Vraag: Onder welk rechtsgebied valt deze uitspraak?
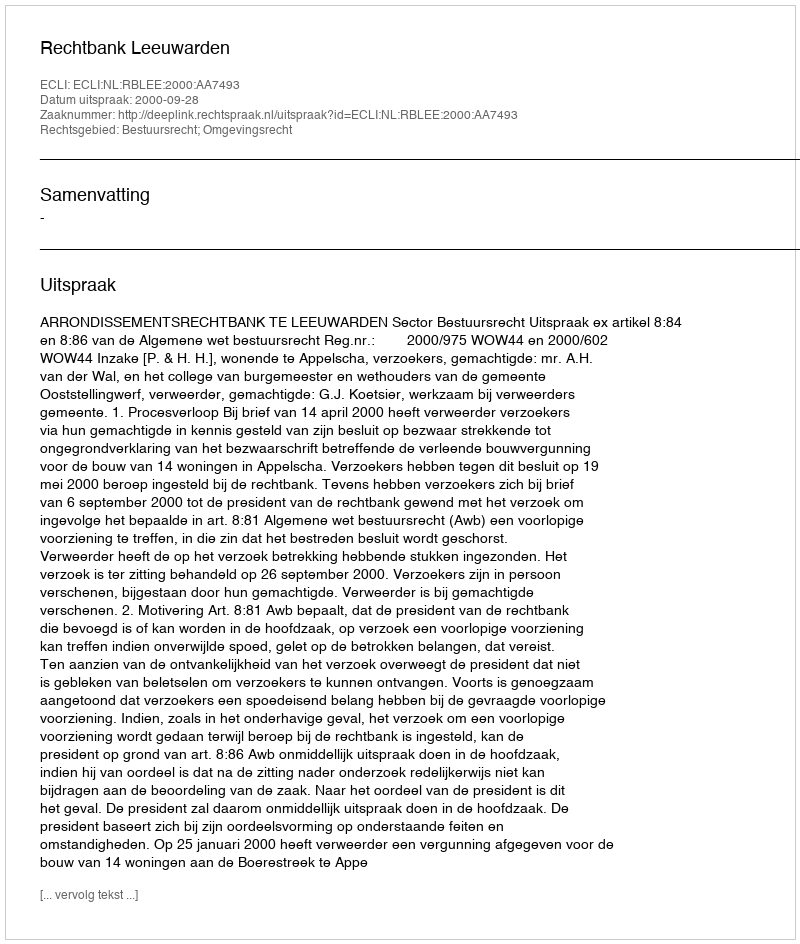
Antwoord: Bestuursrecht; Omgevingsrecht